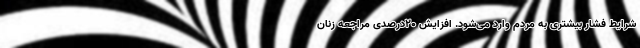
شرایط فشار بیشتری به مردم وارد می‌شود. افزایش ۲۰درصدی مراجعه زنان